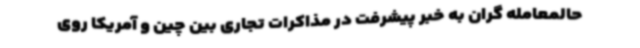
حالمعامله گران به خبر پیشرفت در مذاکرات تجاری بین چین و آمریکا روی